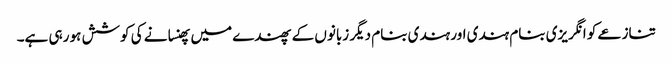
تنازعے کو انگریزی بنام ہندی اور ہندی بنام دیگر زبانوں کے پھندے میں پھنسانے کی کوشش ہو رہی ہے۔